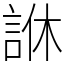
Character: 䛙